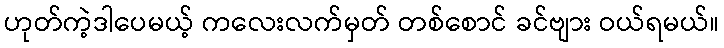
ဟုတ်ကဲ့ဒါပေမယ့် ကလေးလက်မှတ် တစ်စောင် ခင်ဗျား ဝယ်ရမယ်။